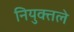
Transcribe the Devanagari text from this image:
नियुक्तले